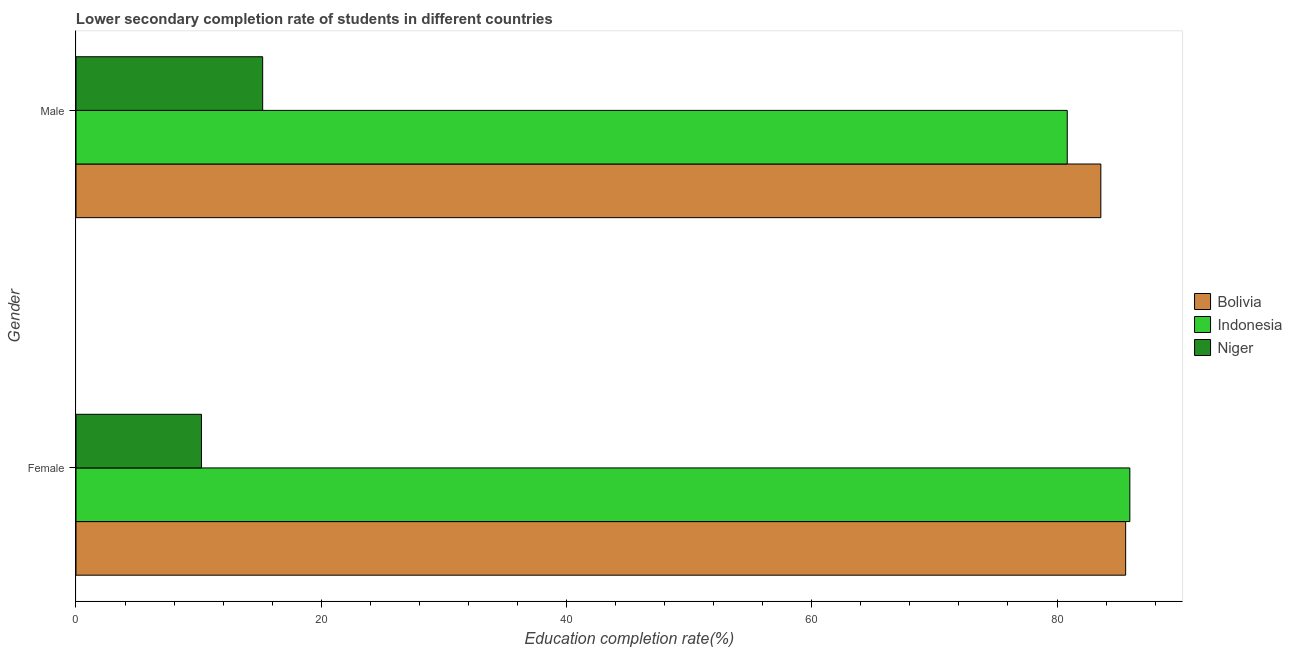
| Gender | Bolivia | Indonesia | Niger |
 | --- | --- | --- | --- |
 | Female | 85.6 | 85.9 | 10.2 |
 | Male | 83.6 | 80.8 | 15.2 |